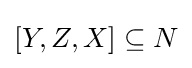
[Y,Z,X]\subseteq N